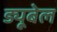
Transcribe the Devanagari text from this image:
ड्यूबेल